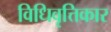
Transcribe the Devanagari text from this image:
विधिवृत्तिकार